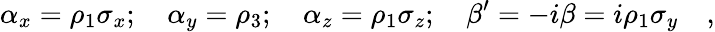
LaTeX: \alpha_{x}=\rho_{1}\sigma_{x};\quad\alpha_{y}=\rho_{3};\quad\alpha_{z}=\rho_{1}\sigma_{z};\quad\beta^{\prime}=-i\beta=i\rho_{1}\sigma_{y}\quad,